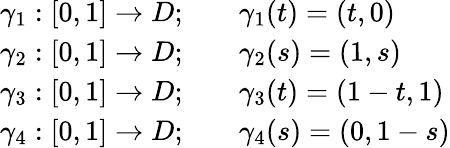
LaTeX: {\begin{array}{rl}{\gamma_{1}:[0,1]\to D;\quad}&{\gamma_{1}(t)=(t,0)}\\ {\gamma_{2}:[0,1]\to D;\quad}&{\gamma_{2}(s)=(1,s)}\\ {\gamma_{3}:[0,1]\to D;\quad}&{\gamma_{3}(t)=(1-t,1)}\\ {\gamma_{4}:[0,1]\to D;\quad}&{\gamma_{4}(s)=(0,1-s)}\end{array}}